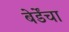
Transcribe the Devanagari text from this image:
बेर्डेंचा